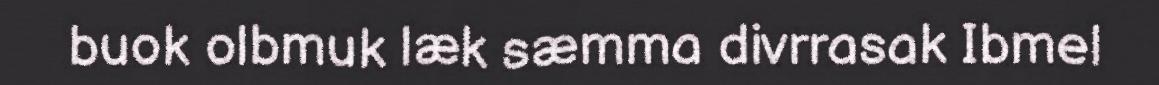
buok olbmuk læk sæmma divrrasak Ibmel